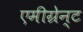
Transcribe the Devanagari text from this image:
एमीग्रेन्ट